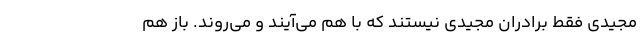
مجیدی فقط برادران مجیدی نیستند که با هم می‌آیند و می‌روند. باز هم